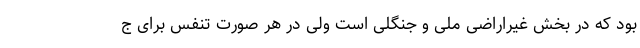
بود که در بخش غیراراضی ملی و جنگلی است ولی در هر صورت تنفس برای ج